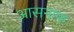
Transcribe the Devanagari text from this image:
आसनाफ